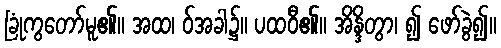
ခြုံကွတော်မူ၏။ အထ၊ ဝ်အခါ၌။ ပထဝီ၏။ အိန္ဒိတွာ၊ ၍ ဖော်ခွဲ၍။